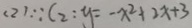
( 2 ) \because C 2 : y = - x ^ { 2 } + 2 x + 3